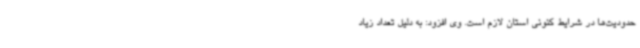
حدودیت‌ها در شرایط کنونی استان لازم است. وی افزود: به دلیل تعداد زیاد